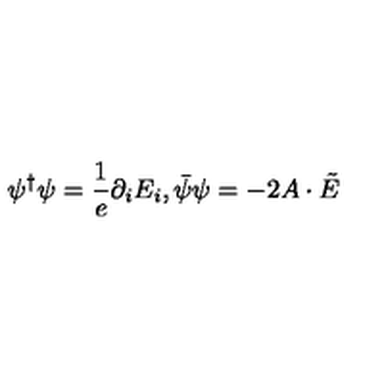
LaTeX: \psi ^ { \dagger } \psi = \frac { 1 } { e } \partial _ { i } E _ { i } , \bar { \psi } \psi = - 2 A \cdot \tilde { E }